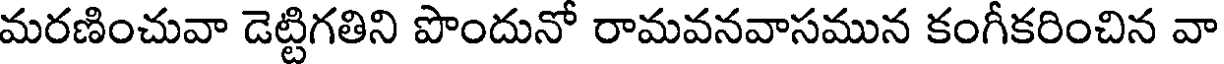
మరణించువా డెట్టిగతిని పొందునో రామవనవాసమున కంగీకరించిన వా